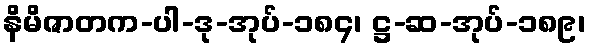
နိမိဇာတက-ပါ-ဒု-အုပ်-၁၈၄၊ ဋ္ဌ-ဆ-အုပ်-၁၈၉၊